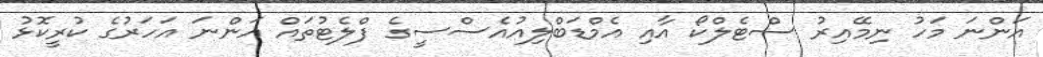
އަންނަ މަހު ނިމޭއިރު ސްޓެލްކޯ އާއި އެމްޑަބްލިއުއެސްސީގެ ފްލެޓުތައް އަންނަ އަހަރުގެ ކުރީކޮޅު